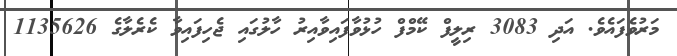
މަރުވެފައެވެ. އަދި 3083 ރިލީފް ކޭމްފް ހުޅުވާފައިވާއިރު ހާލުގައި ޖެހިފައިވާ ކެރެލާގެ 1135626